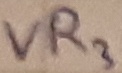
Text: VR3